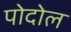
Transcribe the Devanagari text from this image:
पोदोल